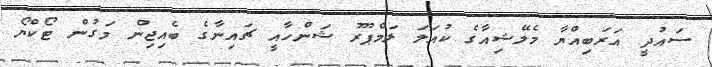
ސައުދީ އަރަބިއްޔާ މެލޭޝިއާގެ ކުއަލަ ލަމްޕޫރު ޝަންހާއީ ޗައިނާގެ ބެއިޖިން މަގުން ޓޯކްޔޯ